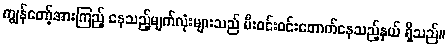
ကျွန်တော့်အားကြည့် နေသည့်မျက်လုံးများသည် မီးဝင်းဝင်းတောက်နေသည့်နှယ် ရှိသည်။